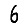
Digit: 6